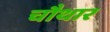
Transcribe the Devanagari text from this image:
चौथार